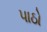
પાઠો